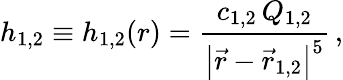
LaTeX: {h_{1,2}}\equiv{h_{1,2}}(r)={\frac{c_{1,2}\, Q_{1,2}}{\left|\vec{r}-\vec{r}_{1,2}\right|^{5}}}\, ,